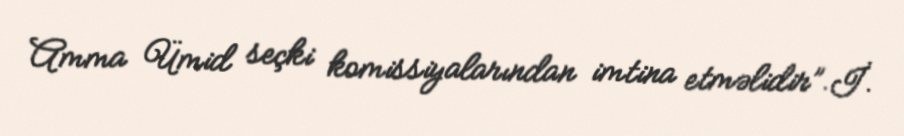
Amma Ümid seçki komissiyalarından imtina etməlidir”.İ.